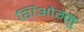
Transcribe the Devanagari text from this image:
शिंओग्नु